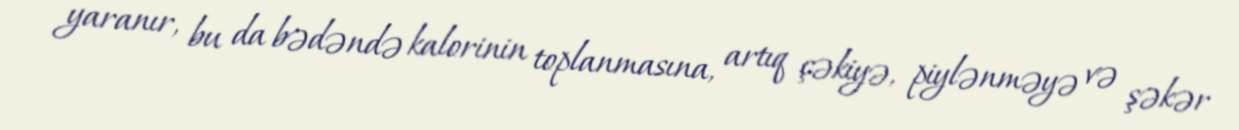
yaranır, bu da bədəndə kalorinin toplanmasına, artıq çəkiyə, piylənməyə və şəkər